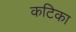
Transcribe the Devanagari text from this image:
कटिका